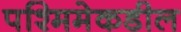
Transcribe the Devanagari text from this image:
पश्मिमेकडील